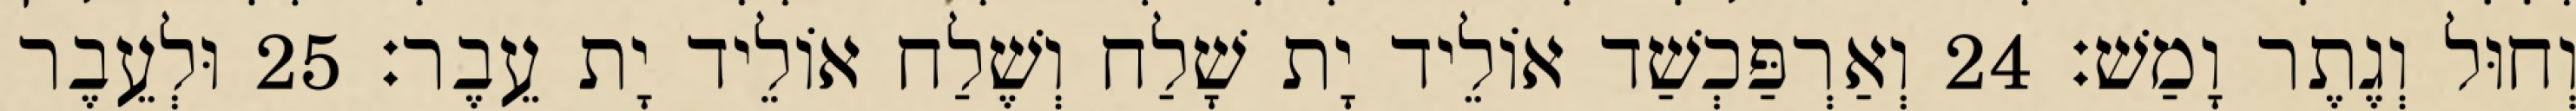
וְחוּל וְגֶתֶר וָמַשׁ׃ 24 וְאַרְפַּכְשַׁד אוֹלֵיד יָת שָׁלַח וְשֶׁלַח אוֹלֵיד יָת עֵבֶר׃ 25 וּלְעֵבֶר